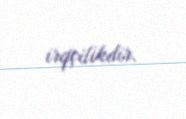
irqçilikdir.